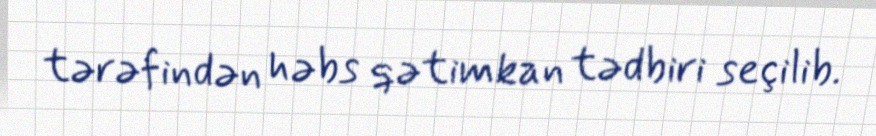
tərəfindən həbs qətimkan tədbiri seçilib.